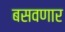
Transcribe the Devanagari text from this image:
बसवणार